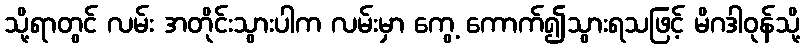
သို့ရာတွင် လမ်း အတိုင်းသွားပါက လမ်းမှာ ကွေ့ ကောက်၍သွားရသဖြင့် မိဂဒါဝုန်သို့